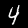
Digit: 4